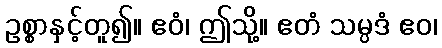
ဥစ္စာနှင့်တူ၍။ ဧဝံ၊ ဤသို့။ ဧတံ သမ္ပဒံ ဧဝ၊